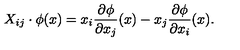
X _ { i j } \cdot \phi ( x ) = x _ { i } { \frac { \partial \phi } { \partial x _ { j } } } ( x ) - x _ { j } { \frac { \partial \phi } { \partial x _ { i } } } ( x ) .